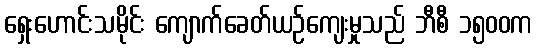
ရှေးဟောင်းသမိုင်း ကျောက်ခေတ်ယဉ်ကျေးမှုသည် ဘီစီ ၁၅၀၀က